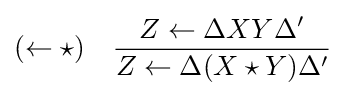
(\leftarrow \star )\quad {Z\leftarrow \Delta XY\Delta ' \over Z\leftarrow \Delta (X\star Y)\Delta '}